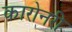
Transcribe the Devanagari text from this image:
कारोनरी